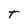
Character: T